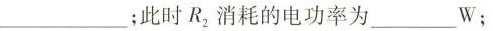
___;此时R_{2}消耗的电功率为___W；